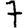
Digit: 7